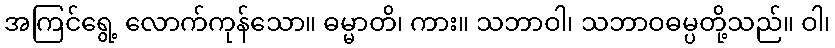
အကြင်ရွေ့ လောက်ကုန်သော။ ဓမ္မာတိ၊ ကား။ သဘာဝါ၊ သဘာဝဓမ္ပတို့သည်။ ဝါ၊